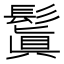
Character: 鬒